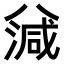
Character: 𣼪